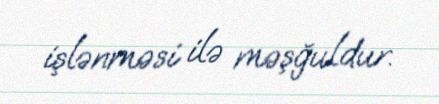
işlənməsi ilə məşğuldur.